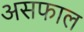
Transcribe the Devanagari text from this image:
असफाल